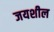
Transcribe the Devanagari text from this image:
जयशील